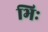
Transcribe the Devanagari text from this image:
भिः